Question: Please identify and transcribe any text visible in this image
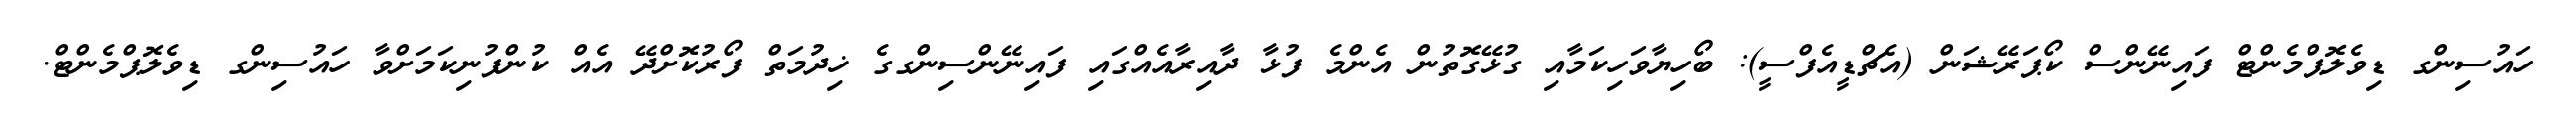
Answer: ހައުސިންގ ޑިވެލޮޕްމެންޓް ފައިނޭންސް ކޯޕަރޭޝަން (އެޗްޑީއެފްސީ): ބޯހިޔާވަހިކަމާއި ގުޅޭގޮތުން އެންމެ ފުޅާ ދާއިރާއެއްގައި ފައިނޭންސިންގގެ ޚިދުމަތް ފޯރުކޮށްދޭ އެއް ކުންފުނިކަމަށްވާ ހައުސިންގ ޑިވެލޮޕްމެންޓް.